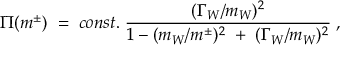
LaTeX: \Pi ( m ^ { \pm } ) \; = \; c o n s t . \; \frac { ( \Gamma _ { W } / m _ { W } ) ^ { 2 } } { 1 - ( m _ { W } / m ^ { \pm } ) ^ { 2 } \; + \; ( \Gamma _ { W } / m _ { W } ) ^ { 2 } } \; ,